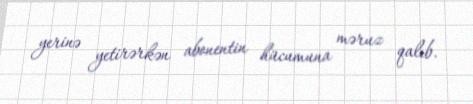
yerinə yetirərkən abonentin hücumuna məruz qalıb.